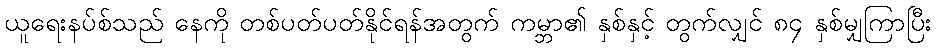
ယူရေးနပ်စ်သည် နေကို တစ်ပတ်ပတ်နိုင်ရန်အတွက် ကမ္ဘာ၏ နှစ်နှင့် တွက်လျှင် ၈၄ နှစ်မျှကြာပြီး